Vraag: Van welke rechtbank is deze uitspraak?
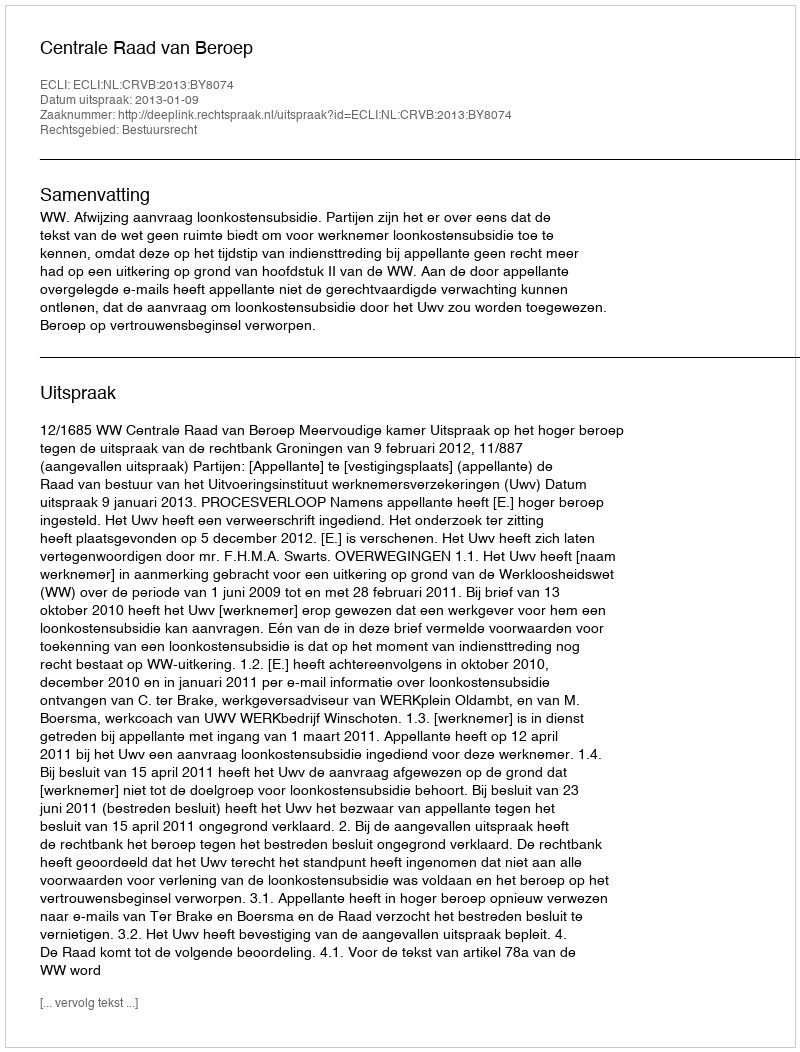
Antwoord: Centrale Raad van Beroep